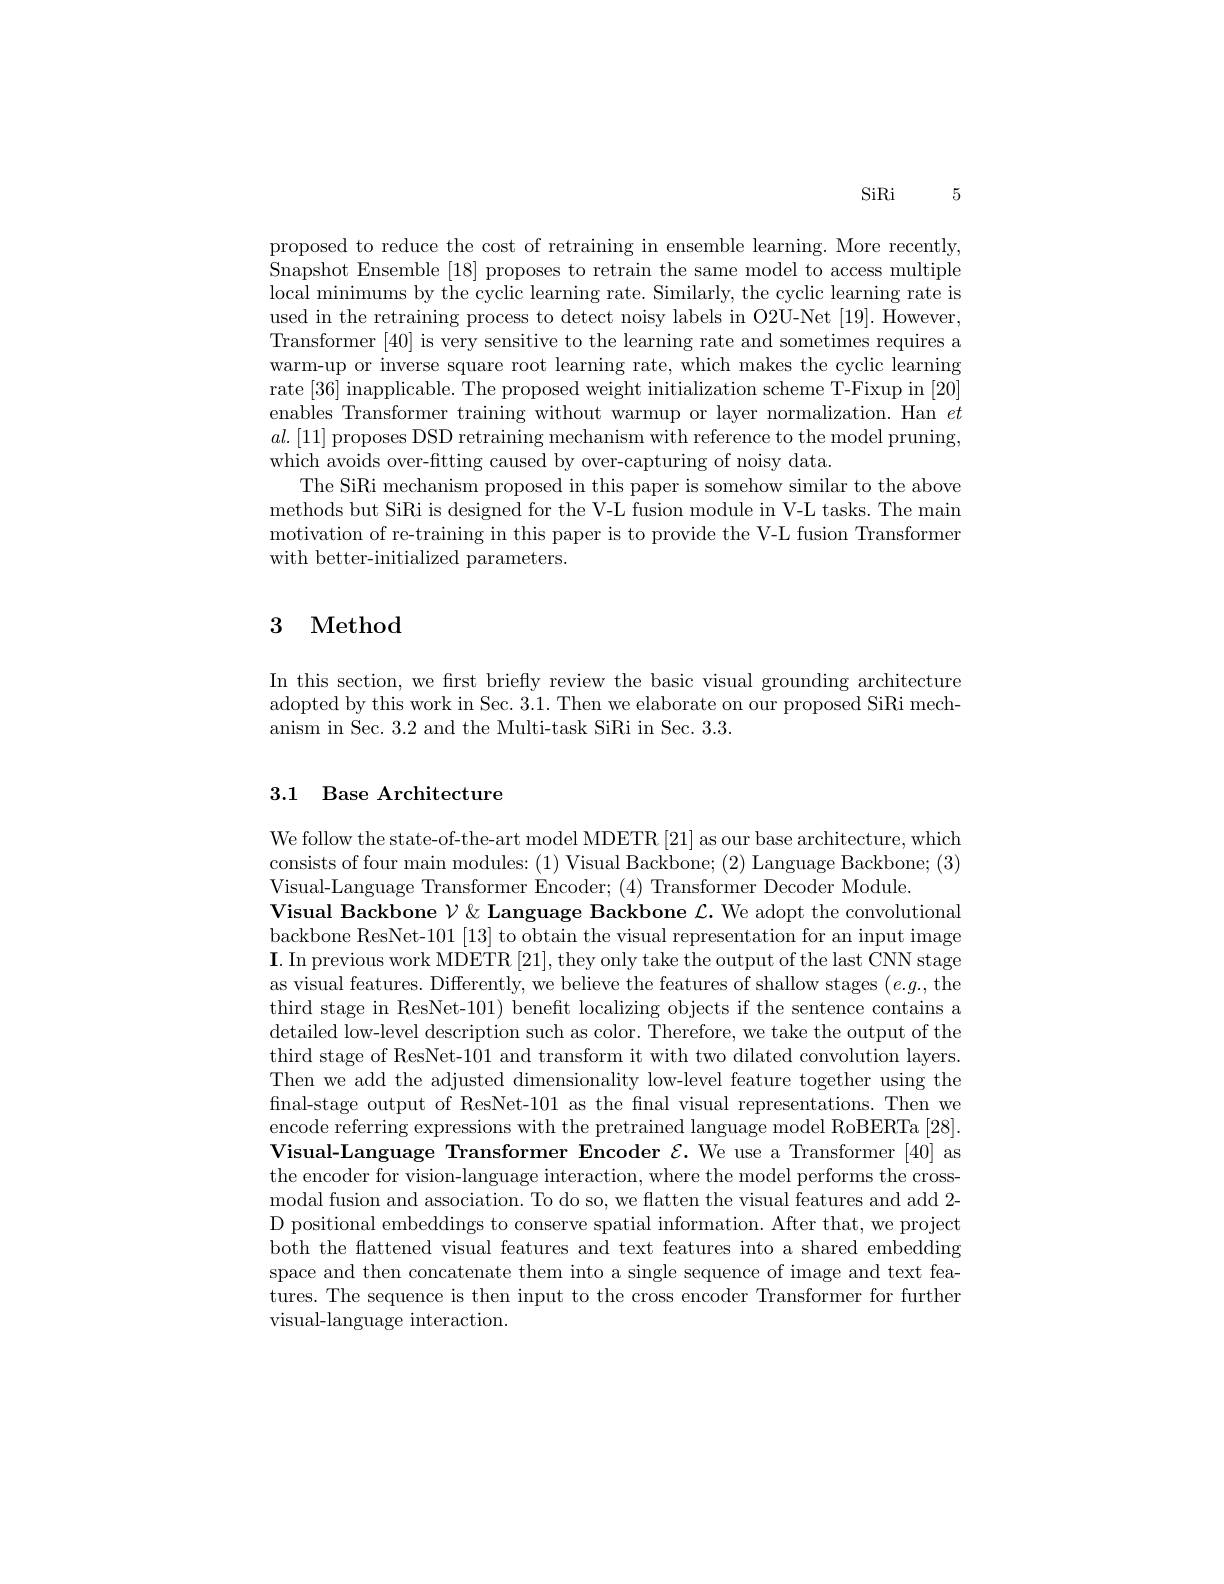
SiRi 5

proposed to reduce the cost of retraining in ensemble learning. More recently, Snapshot Ensemble [18] proposes to retrain the same model to access multiple local minimums by the cyclic learning rate. Similarly, the cyclic learning rate is used in the retraining process to detect noisy labels in O2U-Net [19]. However, Transformer [40] is very sensitive to the learning rate and sometimes requires a warm-up or inverse square root learning rate, which makes the cyclic learning rate [36] inapplicable. The proposed weight initialization scheme T-Fixup in [20] enables Transformer training without warmup or layer normalization. Han $et$ $al.[11]$ proposes DSD retraining mechanism with reference to the model pruning, which avoids over-fitting caused by over-capturing of noisy data.
The SiRi mechanism proposed in this paper is somehow similar to the above methods but SiRi is designed for the V-L fusion module in V-L tasks. The main motivation of re-training in this paper is to provide the V-L fusion Transformer with better-initialized parameters.

## 3 Method

In this section, we first briefly review the basic visual grounding architecture adopted by this work in Sec. 3.1. Then we elaborate on our proposed SiRi mechanism in Sec. 3.2 and the Multi-task SiRi in Sec. 3.3.

## 3.1 Base Architecture

We follow the state-of-the-art model MDETR [21] as our base architecture, which consists of four main modules: (1) Visual Backbone; (2) Language Backbone; (3) Visual-Language Transformer Encoder; (4) Transformer Decoder Module.
Visual Backbone $\mathcal{V}\&$ Language Backbone $\mathcal{L}.$ We adopt the convolutional backbone ResNet-101 [13] to obtain the visual representation for an input image $\mathbf{I}.$ In previous work MDETR [21], they only take the output of the last $\hat{\text{CNN stage}}$ as visual features. Differently, we believe the features of shallow stages $(e.g.$the third stage in ResNet-101) beneft localizing objects if the sentence contains a detailed low-level description such as color. Therefore, we take the output of the third stage of ResNet-101 and transform it with two dilated convolution layers. Then we add the adjusted dimensionality low-level feature together using the final-stage output of ResNet-101 as the final visual representations. Then we encode referring expressions with the pretrained language model RoBERTa [28]. Visual-Language Transformer Encoder $\mathcal{E}.$ We use a Transformer [40] as the encoder for vision-language interaction, where the model performs the crossmodal fusion and association. To do so, we flatten the visual features and add 2- D positional embeddings to conserve spatial information. After that, we project both the flattened visual features and text features into a shared embedding space and then concatenate them into a single sequence of image and text features. The sequence is then input to the cross encoder Transformer for further visual-language interaction.